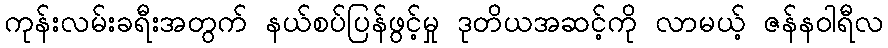
ကုန်းလမ်းခရီးအတွက် နယ်စပ်ပြန်ဖွင့်မှု ဒုတိယအဆင့်ကို လာမယ့် ဇန်နဝါရီလ